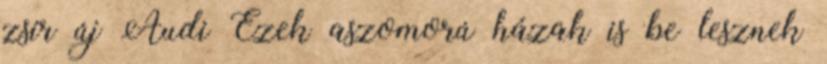
zsír új Audi Ezek aszomorú házak is be lesznek